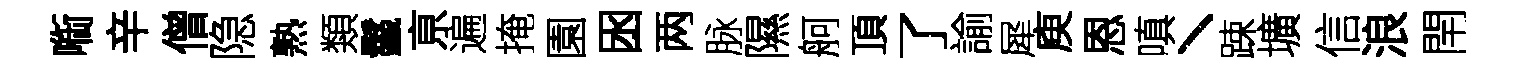
㗸辛僧隐熟類鬣亰遍掩園囦两脉隰舸頂了諭犀庾恩嗔丶踈壙信浪閈